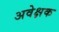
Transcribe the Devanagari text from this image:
अवेक्षक